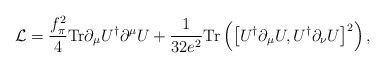
\begin{align*}{\cal L} = \frac{f_\pi^2}{4} {\rm Tr} \partial_{\mu}U^{\dagger}\partial^{\mu}U + \frac{1}{32 e^2} {\rm Tr}\left(\left[ U^{\dagger}\partial_{\mu}U, U^{\dagger}\partial_{\nu}U \right]^2 \right) , \end{align*}